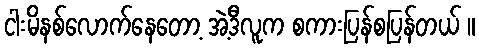
ငါးမိနစ်လောက်နေတော့ အဲ့ဒီလူက စကားပြန်စပြန်တယ် ။